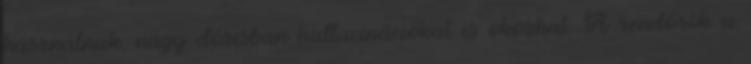
használnak, nagy dózisban hallucinációkat is okozhat. A rendőrök a